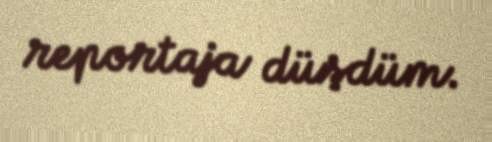
reportaja düşdüm.